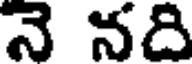
నె నది